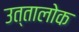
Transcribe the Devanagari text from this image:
उत्तालोक